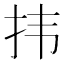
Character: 𪭝